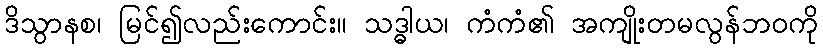
ဒိသွာနစ၊ မြင်၍လည်းကောင်း။ သဒ္ဓါယ၊ ကံကံ၏ အကျိုးတမလွန်ဘဝကို